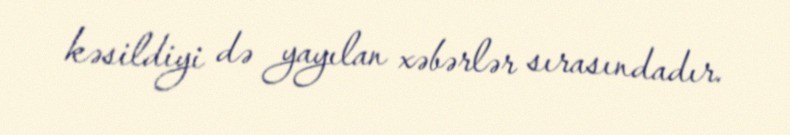
kəsildiyi də yayılan xəbərlər sırasındadır.